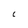
Character: C